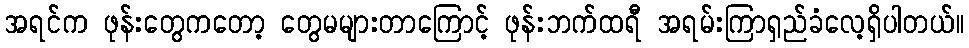
အရင်က ဖုန်းတွေကတော့ တွေမများတာကြောင့် ဖုန်းဘက်ထရီ အရမ်းကြာရှည်ခံလေ့ရှိပါတယ်။